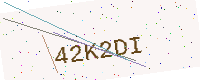
Text: 42K2DI